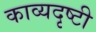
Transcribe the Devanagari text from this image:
काव्यदृष्टी